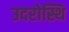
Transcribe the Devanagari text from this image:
उदरोस्थि